Studies on the mouth parts a Comparative anatomy of the proboscis in the blood-sucking muscidae - Number 60
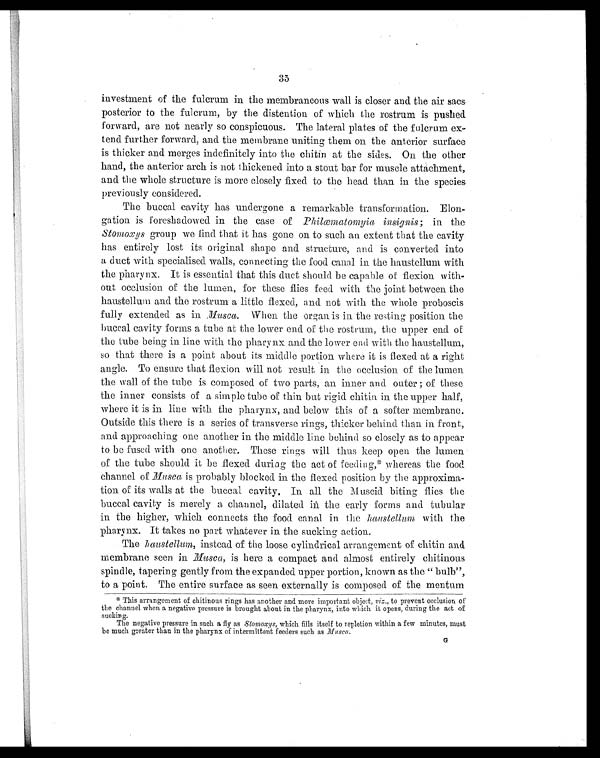
35
investment of the fulcrum in the membraneous wall is closer and the air sacs
posterior to the fulcrum, by the distention of which the rostrum is pushed
forward, are not nearly so conspicuous. The lateral plates of the fulcrum ex-
tend further forward, and the membrane uniting them on the anterior surface
is thicker and merges indefinitely into the chitin at the sides. On the other
hand, the anterior arch is not thickened into a stout bar for muscle attachment,
and the whole structure is more closely fixed to the head than in the species
previously considered.
The buccal cavity has undergone a remarkable transformation. Elon-
gation is foreshadowed in the case of P hilæmatomyia insignis ; in the
Stomoxys group we find that it has gone on to such an extent that the cavity
has entirely lost its, original shape and structure, and is converted into
a duct with specialised walls, connecting the food canal in the haustellum with
the pharynx. It is essential that this duct should be capable of flexion with-
out occlusion of the lumen, for these flies feed with the joint between the
haustellum and the rostrum a little flexed, and not with the whole proboscis
fully extended as in Musca. When the organ is in the resting position the
buccal cavity forms a tube at the lower end of the rostrum, the upper end of
the tube being in line with the pharynx and the lower end with the haustellum,
so that there is a point about its middle portion where it is flexed at a right
angle. To ensure that flexion will not result in the occlusion of the lumen
the wall of the tube is composed of two parts, an inner and outer; of these
the inner consists of a simple tube of thin but rigid chitin in the upper half,
where it is in line with the pharynx, and below this of a softer membrane.
Outside this there is a series of transverse rings, thicker behind than in front,
and approaching one another in the middle line behind so closely as to appear
to be fused with one another. These rings will thus keep open the lumen
of the tube should it be flexed during the act of feeding,* whereas the food
channel of Musca is probably blocked in the flexed position by the approxima-
tion of its walls at the buccal cavity. In all the Muscid biting flies the
buccal cavity is merely a channel, dilated in the early forms and tubular
in the higher, which connects the food canal in the haustellum with the
pharynx. It takes no part whatever in the sucking action,
The haustellum , instead of the loose cylindrical arrangement of chitin and
membrane seen in Musca, is here a compact and almost entirely chitinous
spindle, tapering gently from the expanded upper portion, known as the "bulb",
to a point. The entire surface as seen externally is composed of the mentum
* This arrangement of chitinous rings has another and more important object, viz., to prevent occlusion of
the channel when a negative pressure is brought about in the pharynx, into which it opens, during the act of
sucking.
The negative pressure in such a fly as Stomoxys, which fills itself to repletion within a few minutes, must
be much greater than in the pharynx of intermittent feeders such as Musca .